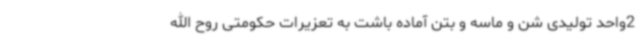
2واحد تولیدی شن و ماسه و بتن آماده باشت به تعزیرات حکومتی روح الله